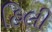
હિલી